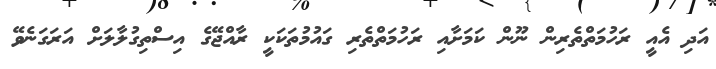
އަދި އެއީ ރަހުމަތްތެރިން ނޫން ކަމަށާއި ރަހުމަތްތެރި ގައުމުތަކަކީ ރާއްޖޭގެ އިސްތިގުލާލަށް އަރަގަނެވޭ